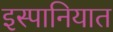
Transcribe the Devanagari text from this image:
इस्पानियात